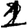
Digit: 1